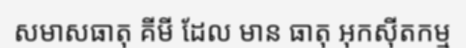
សមាសធាតុ គីមី ដែល មាន ធាតុ អុកស៊ីតកម្ម